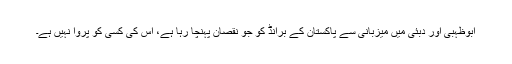
ابوظہبی اور دبئی میں میزبانی سے پاکستان کے برانڈ کو جو نقصان پہنچا رہا ہے، اس کی کسی کو پروا نہیں ہے۔